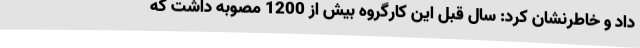
داد و خاطرنشان کرد: سال قبل این کارگروه بیش از 1200 مصوبه داشت که